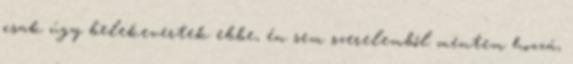
csak úgy belekevertek ebbe, én sem szerelemből mentem hozzá,